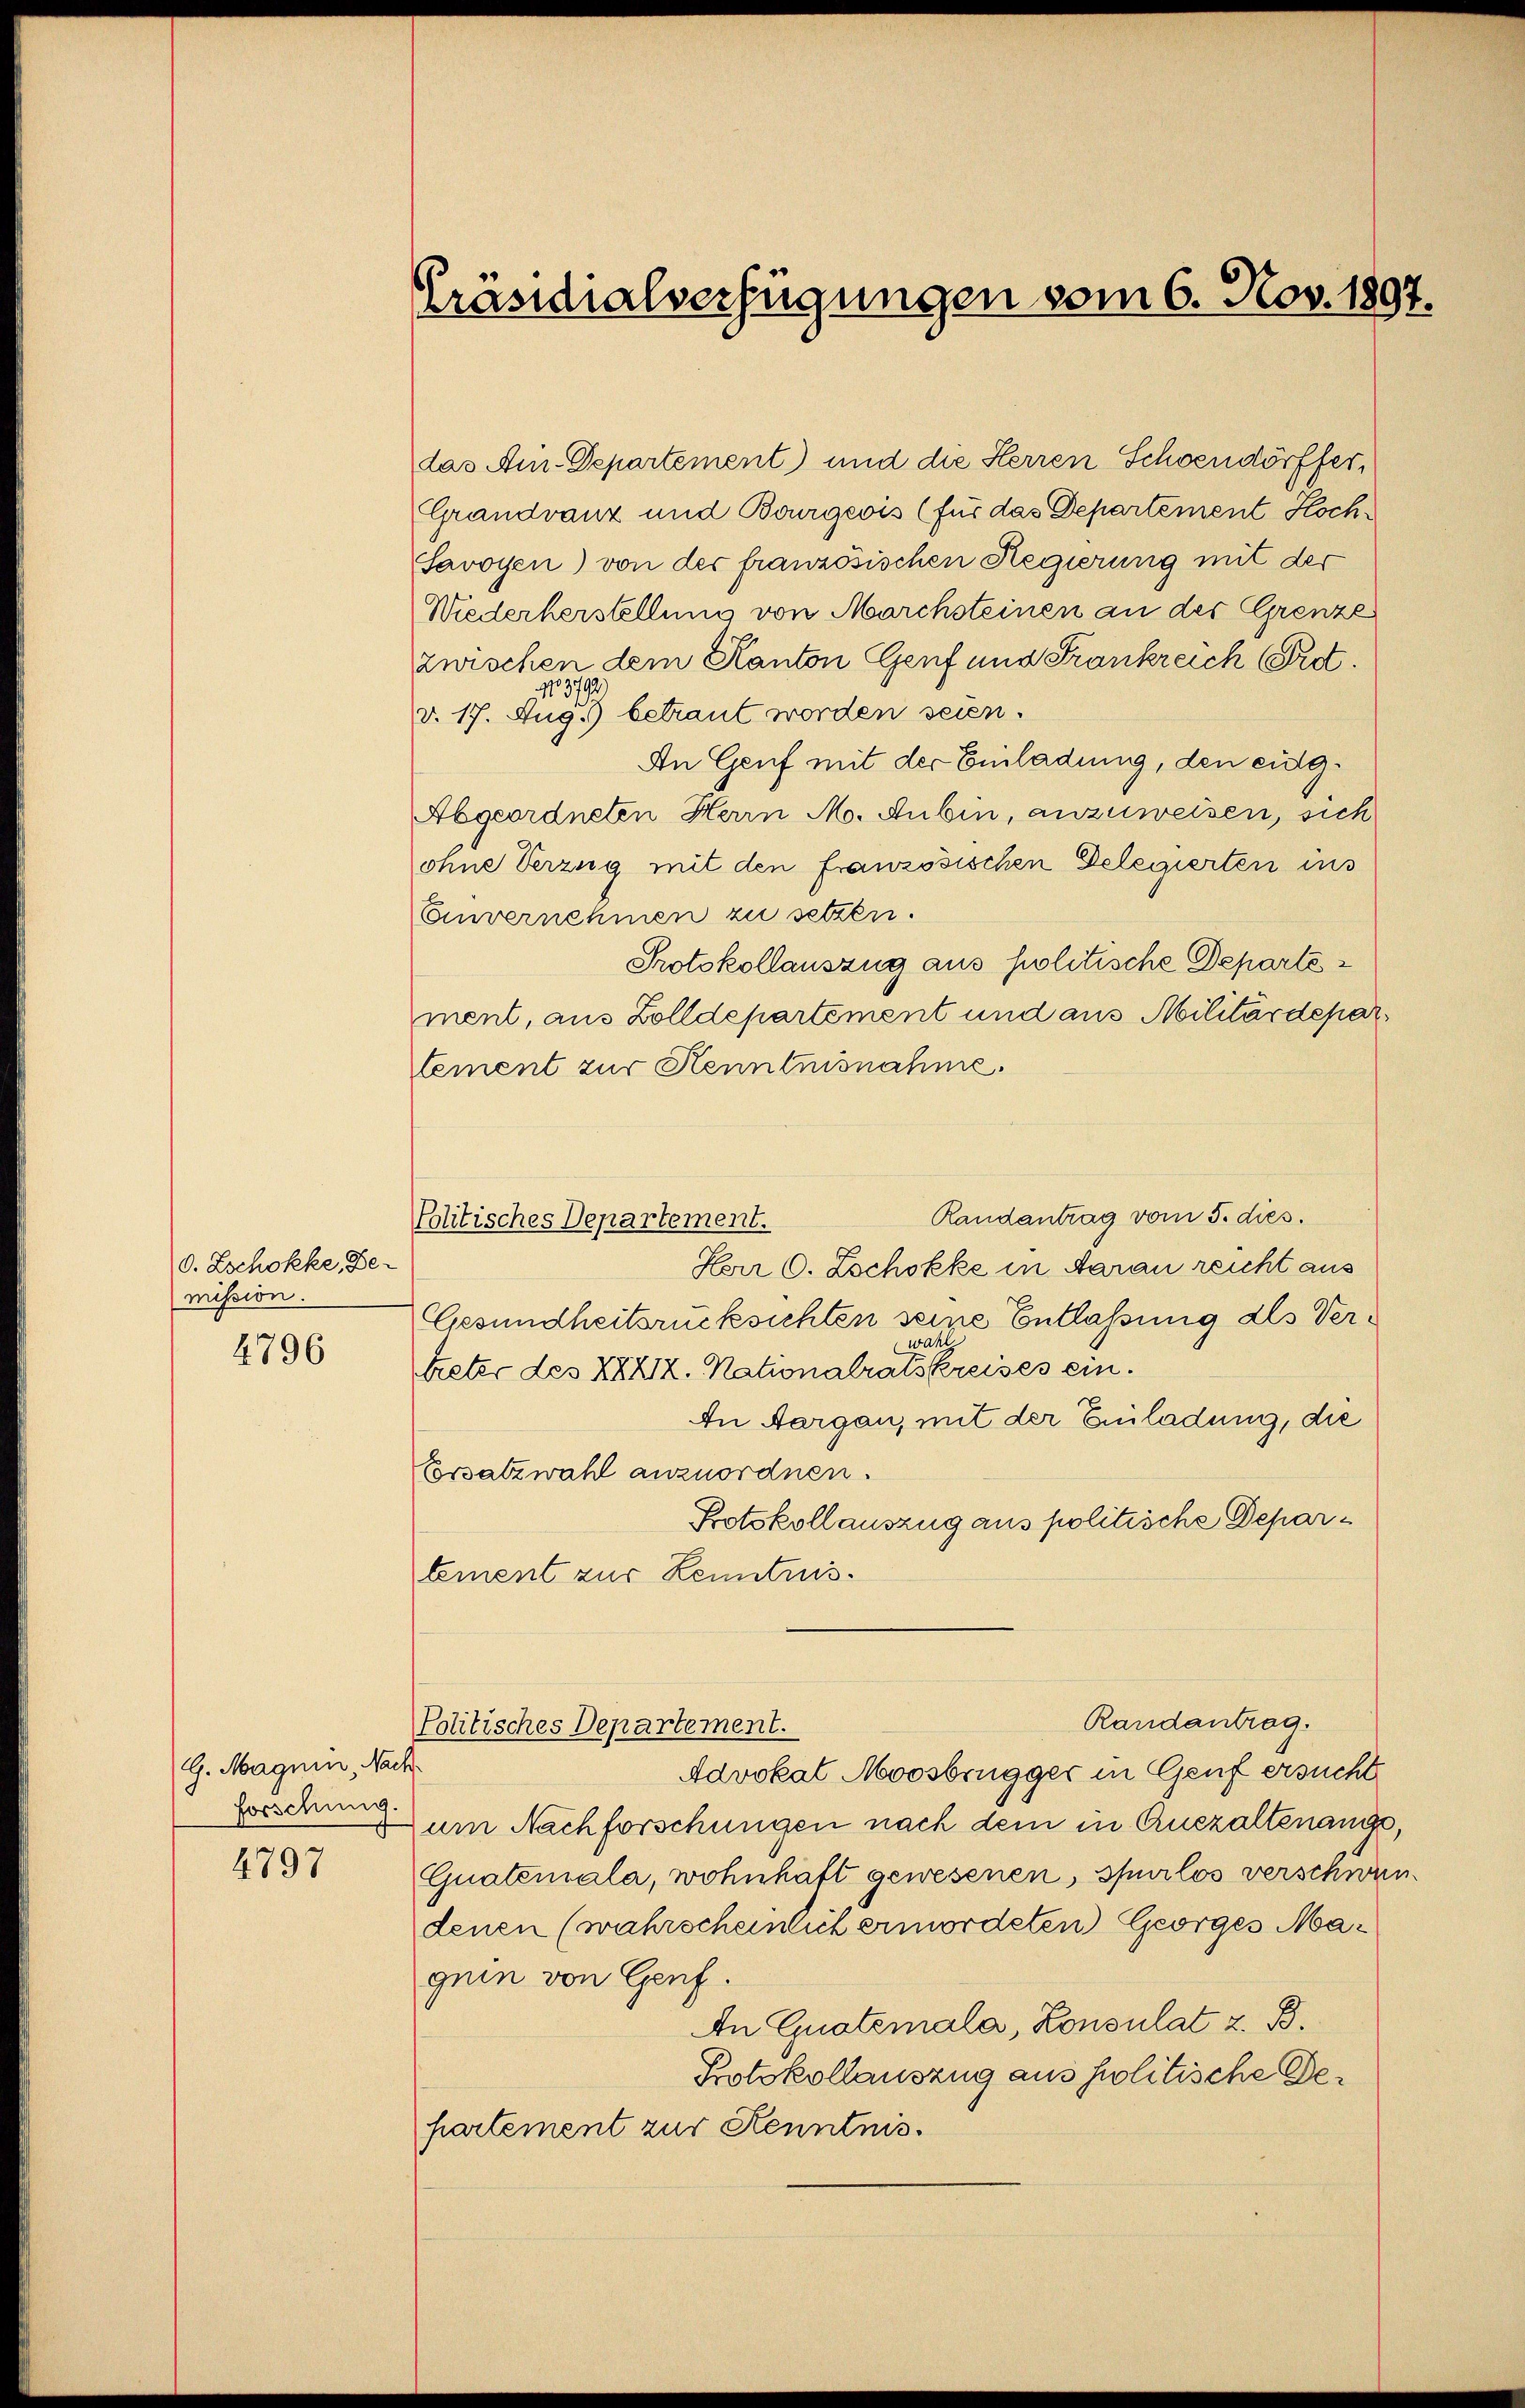
O. Zschokke, Be-
mission.
4796

G. Magnin, Nach
forschung.

4797

Präsidialverfügungen vom 6. Nov. 1807.

Politisches Departement.

das Au-Departement) und die Herren Schwendörffer,
Grandvanz und Bourgeois (für das Departement Hoch-
Savoyen) von der französischen Regierung mit der
Wiederherstellung von Marchsteinen an der Grenze
zwischen dem Kanton Genf und Frankreich Prot.
1
.
d. 17. Aug. betraut worden seien.
An Genf mit der Einladung, den eig¬
Abgeordneten Herrn M. Rubin, anzuweisen, sich
ohne Verzug mit den französischen Delegierten ins
Einvernehmen zu setzen.
Protokollauszug aus politische Departe
ment, aus Zolldepartement und aus Militärdepartement zur Kenntnisnahme.
Randantrag vom 5. dies.
Herr C. Zschokke in daran reicht aus
Gesundheitsrücksichten seine Entlassung des Verwahl
treter des XXX12. Nationalratskreises ein.
An Aargau, mit der Einladung, die
Corsatzwahl anzuordnen.
Protokollauszug aus politische Departement zur Kenntnis.
Randantrag.
Politisches Departement.
Advokal Moosbrugger in Genf ersucht
um Nachforschungen nach dem in Auszaltenangs,
Guatemala, wohnhaft gewesenen, spurlos verschwendenen (wahrscheinlich ermordeten Georges Maguin von Genf.
An Quatemala, Konsulat z. B.
Protokollauszug aus politische Dehartement zur Kenntnis.